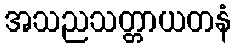
အသညသတ္တာယတနံ